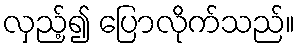
လှည့်၍ ပြောလိုက်သည်။